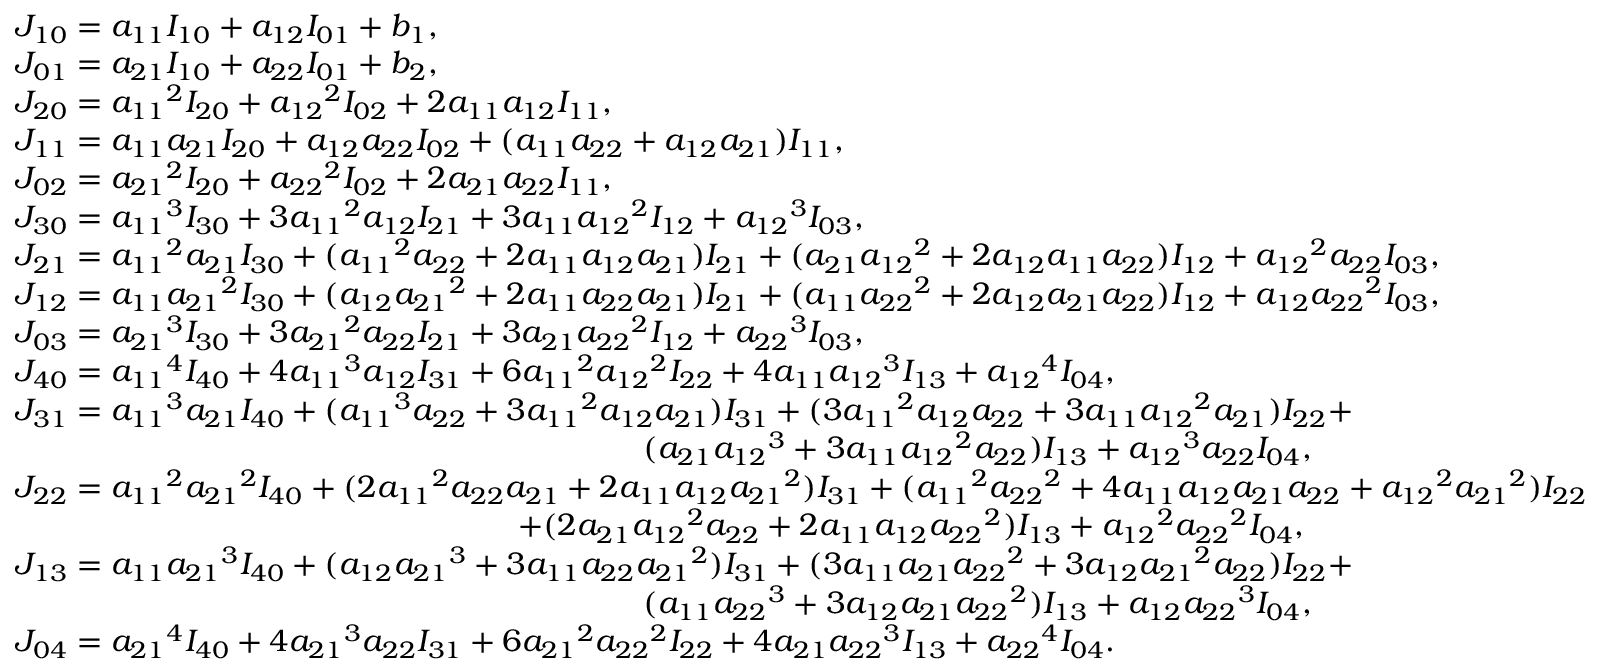
\begin{array} { l } { { J _ { 1 0 } } = { a _ { 1 1 } } { I _ { 1 0 } } + { a _ { 1 2 } } { I _ { 0 1 } } + { b _ { 1 } } , } \\ { { J _ { 0 1 } } = { a _ { 2 1 } } { I _ { 1 0 } } + { a _ { 2 2 } } { I _ { 0 1 } } + { b _ { 2 } } , } \\ { { J _ { 2 0 } } = { a _ { 1 1 } } ^ { 2 } { I _ { 2 0 } } + { a _ { 1 2 } } ^ { 2 } { I _ { 0 2 } } + 2 { a _ { 1 1 } } { a _ { 1 2 } } { I _ { 1 1 } } , } \\ { { J _ { 1 1 } } = { a _ { 1 1 } } { a _ { 2 1 } } { I _ { 2 0 } } + { a _ { 1 2 } } { a _ { 2 2 } } { I _ { 0 2 } } + ( { a _ { 1 1 } } { a _ { 2 2 } } + { a _ { 1 2 } } { a _ { 2 1 } } ) { I _ { 1 1 } } , } \\ { { J _ { 0 2 } } = { a _ { 2 1 } } ^ { 2 } { I _ { 2 0 } } + { a _ { 2 2 } } ^ { 2 } { I _ { 0 2 } } + 2 { a _ { 2 1 } } { a _ { 2 2 } } { I _ { 1 1 } } , } \\ { { J _ { 3 0 } } = { a _ { 1 1 } } ^ { 3 } { I _ { 3 0 } } + 3 { a _ { 1 1 } } ^ { 2 } { a _ { 1 2 } } { I _ { 2 1 } } + 3 { a _ { 1 1 } } { a _ { 1 2 } } ^ { 2 } { I _ { 1 2 } } + { a _ { 1 2 } } ^ { 3 } { I _ { 0 3 } } , } \\ { { J _ { 2 1 } } = { a _ { 1 1 } } ^ { 2 } { a _ { 2 1 } } { I _ { 3 0 } } + ( { a _ { 1 1 } } ^ { 2 } { a _ { 2 2 } } + 2 { a _ { 1 1 } } { a _ { 1 2 } } { a _ { 2 1 } } ) { I _ { 2 1 } } + ( { a _ { 2 1 } } { a _ { 1 2 } } ^ { 2 } + 2 { a _ { 1 2 } } { a _ { 1 1 } } { a _ { 2 2 } } ) { I _ { 1 2 } } + { a _ { 1 2 } } ^ { 2 } { a _ { 2 2 } } { I _ { 0 3 } } , } \\ { { J _ { 1 2 } } = { a _ { 1 1 } } { a _ { 2 1 } } ^ { 2 } { I _ { 3 0 } } + ( { a _ { 1 2 } } { a _ { 2 1 } } ^ { 2 } + 2 { a _ { 1 1 } } { a _ { 2 2 } } { a _ { 2 1 } } ) { I _ { 2 1 } } + ( { a _ { 1 1 } } { a _ { 2 2 } } ^ { 2 } + 2 { a _ { 1 2 } } { a _ { 2 1 } } { a _ { 2 2 } } ) { I _ { 1 2 } } + { a _ { 1 2 } } { a _ { 2 2 } } ^ { 2 } { I _ { 0 3 } } , } \\ { { J _ { 0 3 } } = { a _ { 2 1 } } ^ { 3 } { I _ { 3 0 } } + 3 { a _ { 2 1 } } ^ { 2 } { a _ { 2 2 } } { I _ { 2 1 } } + 3 { a _ { 2 1 } } { a _ { 2 2 } } ^ { 2 } { I _ { 1 2 } } + { a _ { 2 2 } } ^ { 3 } { I _ { 0 3 } } , } \\ { { J _ { 4 0 } } = { a _ { 1 1 } } ^ { 4 } { I _ { 4 0 } } + 4 { a _ { 1 1 } } ^ { 3 } { a _ { 1 2 } } { I _ { 3 1 } } + 6 { a _ { 1 1 } } ^ { 2 } { a _ { 1 2 } } ^ { 2 } { I _ { 2 2 } } + 4 { a _ { 1 1 } } { a _ { 1 2 } } ^ { 3 } { I _ { 1 3 } } + { a _ { 1 2 } } ^ { 4 } { I _ { 0 4 } } , } \\ { { J _ { 3 1 } } = { a _ { 1 1 } } ^ { 3 } { a _ { 2 1 } } { I _ { 4 0 } } + ( { a _ { 1 1 } } ^ { 3 } { a _ { 2 2 } } + 3 { a _ { 1 1 } } ^ { 2 } { a _ { 1 2 } } { a _ { 2 1 } } ) { I _ { 3 1 } } + ( 3 { a _ { 1 1 } } ^ { 2 } { a _ { 1 2 } } { a _ { 2 2 } } + 3 { a _ { 1 1 } } { a _ { 1 2 } } ^ { 2 } { a _ { 2 1 } } ) { I _ { 2 2 } } + } \\ { \qquad \qquad \qquad \qquad \qquad \qquad \qquad \qquad \qquad \qquad ( { a _ { 2 1 } } { a _ { 1 2 } } ^ { 3 } + 3 { a _ { 1 1 } } { a _ { 1 2 } } ^ { 2 } { a _ { 2 2 } } ) { I _ { 1 3 } } + { a _ { 1 2 } } ^ { 3 } { a _ { 2 2 } } { I _ { 0 4 } } , } \\ { { J _ { 2 2 } } = { a _ { 1 1 } } ^ { 2 } { a _ { 2 1 } } ^ { 2 } { I _ { 4 0 } } + ( 2 { a _ { 1 1 } } ^ { 2 } { a _ { 2 2 } } { a _ { 2 1 } } + 2 { a _ { 1 1 } } { a _ { 1 2 } } { a _ { 2 1 } } ^ { 2 } ) { I _ { 3 1 } } + ( { a _ { 1 1 } } ^ { 2 } { a _ { 2 2 } } ^ { 2 } + 4 { a _ { 1 1 } } { a _ { 1 2 } } { a _ { 2 1 } } { a _ { 2 2 } } + { a _ { 1 2 } } ^ { 2 } { a _ { 2 1 } } ^ { 2 } ) { I _ { 2 2 } } } \\ { \qquad \qquad \qquad \qquad \qquad \qquad \qquad \qquad + ( 2 { a _ { 2 1 } } { a _ { 1 2 } } ^ { 2 } { a _ { 2 2 } } + 2 { a _ { 1 1 } } { a _ { 1 2 } } { a _ { 2 2 } } ^ { 2 } ) { I _ { 1 3 } } + { a _ { 1 2 } } ^ { 2 } { a _ { 2 2 } } ^ { 2 } { I _ { 0 4 } } , } \\ { { J _ { 1 3 } } = { a _ { 1 1 } } { a _ { 2 1 } } ^ { 3 } { I _ { 4 0 } } + ( { a _ { 1 2 } } { a _ { 2 1 } } ^ { 3 } + 3 { a _ { 1 1 } } { a _ { 2 2 } } { a _ { 2 1 } } ^ { 2 } ) { I _ { 3 1 } } + ( 3 { a _ { 1 1 } } { a _ { 2 1 } } { a _ { 2 2 } } ^ { 2 } + 3 { a _ { 1 2 } } { a _ { 2 1 } } ^ { 2 } { a _ { 2 2 } } ) { I _ { 2 2 } } + } \\ { \qquad \qquad \qquad \qquad \qquad \qquad \qquad \qquad \qquad \qquad ( { a _ { 1 1 } } { a _ { 2 2 } } ^ { 3 } + 3 { a _ { 1 2 } } { a _ { 2 1 } } { a _ { 2 2 } } ^ { 2 } ) { I _ { 1 3 } } + { a _ { 1 2 } } { a _ { 2 2 } } ^ { 3 } { I _ { 0 4 } } , } \\ { { J _ { 0 4 } } = { a _ { 2 1 } } ^ { 4 } { I _ { 4 0 } } + 4 { a _ { 2 1 } } ^ { 3 } { a _ { 2 2 } } { I _ { 3 1 } } + 6 { a _ { 2 1 } } ^ { 2 } { a _ { 2 2 } } ^ { 2 } { I _ { 2 2 } } + 4 { a _ { 2 1 } } { a _ { 2 2 } } ^ { 3 } { I _ { 1 3 } } + { a _ { 2 2 } } ^ { 4 } { I _ { 0 4 } } . } \end{array}